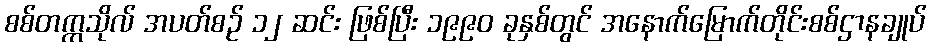
စစ်တက္ကသိုလ် အပတ်စဉ် ၁၂ ဆင်း ဖြစ်ပြီး ၁၉၉၀ ခုနှစ်တွင် အနောက်မြောက်တိုင်းစစ်ဌာနချုပ်